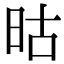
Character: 𬀬